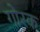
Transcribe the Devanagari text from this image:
गोरक